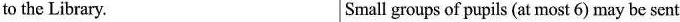
to the Library. Small groups of pupils (at most 6) may be sent